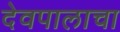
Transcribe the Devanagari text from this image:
देवपालाचा